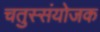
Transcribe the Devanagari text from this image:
चतुस्संयोजक